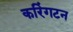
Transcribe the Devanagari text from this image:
करिंगटन